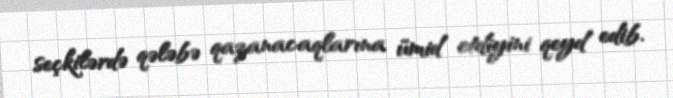
seçkilərdə qələbə qazanacaqlarına ümid etdiyini qeyd edib.